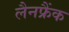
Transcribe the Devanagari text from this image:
लैनफ्रैंक